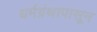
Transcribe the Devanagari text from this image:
धर्मग्रंथापासून